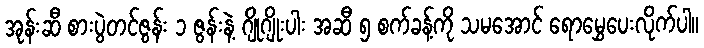
အုန်းဆီ စားပွဲတင်ဇွန်း ၁ ဇွန်းနဲ့ ဂျိုဂျိုးပါး အဆီ ၅ စက်ခန့်ကို သမအောင် ရောမွှေပေးလိုက်ပါ။